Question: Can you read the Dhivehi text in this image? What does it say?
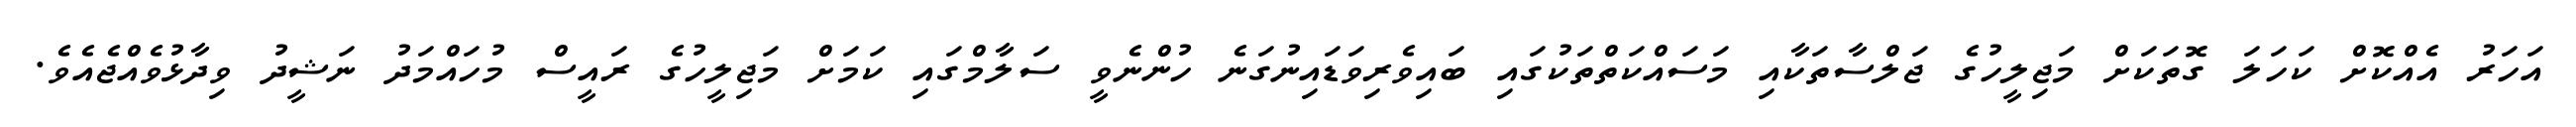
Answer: އަހަރު އެއްކޮށް ކަހަލަ ގޮތަކަށް މަޖިލީހުގެ ޖަލްސާތަކާއި މަސައްކަތްތަކުގައި ބައިވެރިވަޑައިނުގަނެ ހުންނެވީ ސަލާމްގައި ކަމަށް މަޖިލީހުގެ ރައީސް މުހައްމަދު ނަޝީދު ވިދާޅުވެއްޖެއެވެ.